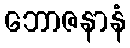
ဘောဇနာနံ